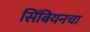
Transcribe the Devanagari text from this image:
सिंबियनचा